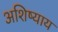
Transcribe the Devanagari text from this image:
अशिष्याय